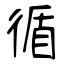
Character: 循